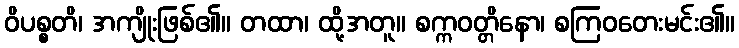
ဝိပစ္စတိ၊ အကျိုးဖြစ်၏။ တထာ၊ ထို့အတူ။ စက္ကဝတ္တိနော၊ စကြဝတေးမင်း၏။